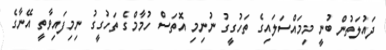
ދައުލަތުން ބުނީ މިމައްސަލައިގެ ތަހުގީގު ނުނިމި އޮތަސް ހުމާމްގެ ތަހުގީގު ނިމިފައިވާތީ އޭނާގެ